Scottish Leaving Certificate Examination, 1956
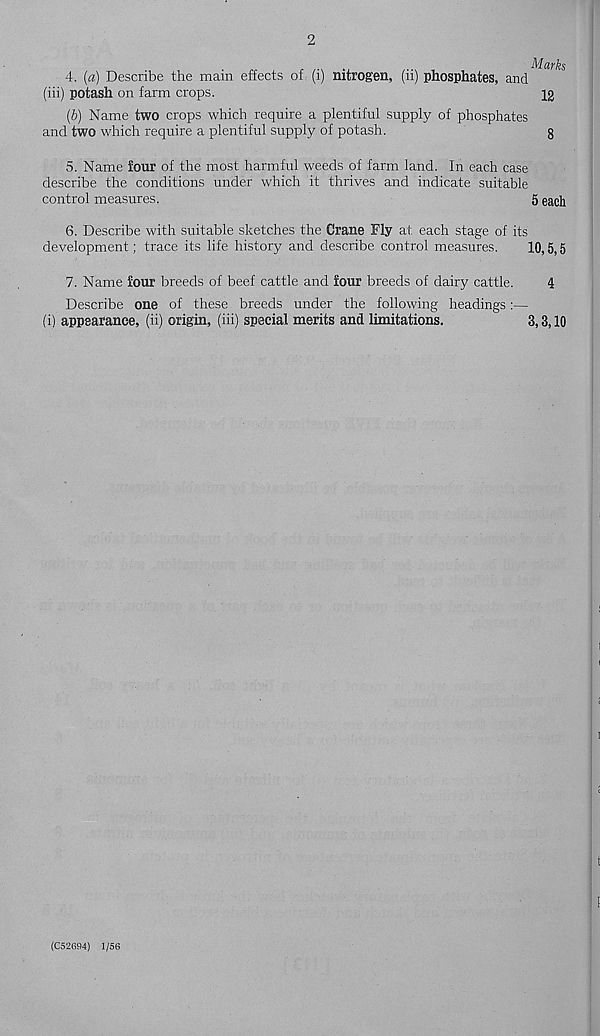
2
4. (a) Describe the main effects of (i) nitrogen, (ii) phosphates, and
(iii) potash on farm crops.
12
(b) Name two crops which require a plentiful supply of phosphates
and two which require a plentiful supply of potash.
g
5. Name four of the most harmful weeds of farm land. In each case
describe the conditions under which it thrives and indicate suitable
control measures.
5 each
6. Describe with suitable sketches the Crane Fly at each stage of its
development; trace its life history and describe control measures.
10,5,5
7. Name four breeds of beef cattle and four breeds of dairy cattle.
4
Describe one of these breeds under the following headings:—
(i) appearance, (ii) origin, (iii) special merits and limitations.
3,3,10
(C52G94) 1/56